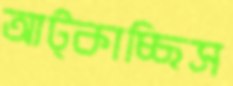
আট্‌কাচ্ছিস